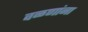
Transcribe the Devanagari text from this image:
वळणांना